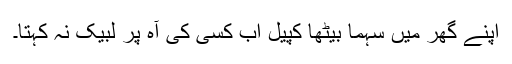
اپنے گھر میں سہما بیٹھا کپیل اب کسی کی آہ پر لبیک نہ کہتا۔